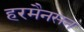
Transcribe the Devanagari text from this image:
हरमैनसन